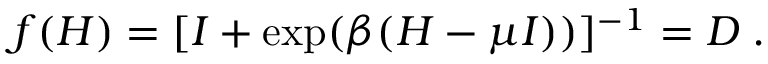
\begin{array} { r } { f ( H ) = [ I + \exp ( \beta ( H - \mu I ) ) ] ^ { - 1 } = D \; . } \end{array}